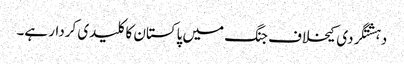
دہشتگردی کیخلاف جنگ میں پاکستان کا کلیدی کردار ہے۔